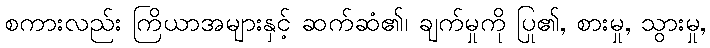
စကားလည်း ကြိယာအများနှင့် ဆက်ဆံ၏၊ ချက်မှုကို ပြု၏, စားမှု, သွားမှု,